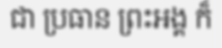
ជា ប្រធាន ព្រះអង្គ ក៏